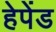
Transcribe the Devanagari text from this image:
हेपेंड